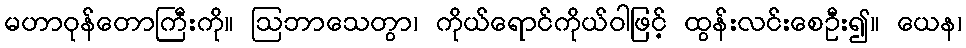
မဟာဝုန်တောကြီးကို။ ဩဘာသေတွာ၊ ကိုယ်ရောင်ကိုယ်ဝါဖြင့် ထွန်းလင်းစေဦး၍။ ယေန၊